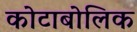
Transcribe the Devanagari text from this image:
कोटाबोलिक